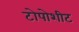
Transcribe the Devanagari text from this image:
टोपोशीट